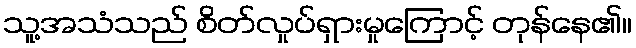
သူ့အသံသည် စိတ်လှုပ်ရှားမှုကြောင့် တုန်နေ၏။